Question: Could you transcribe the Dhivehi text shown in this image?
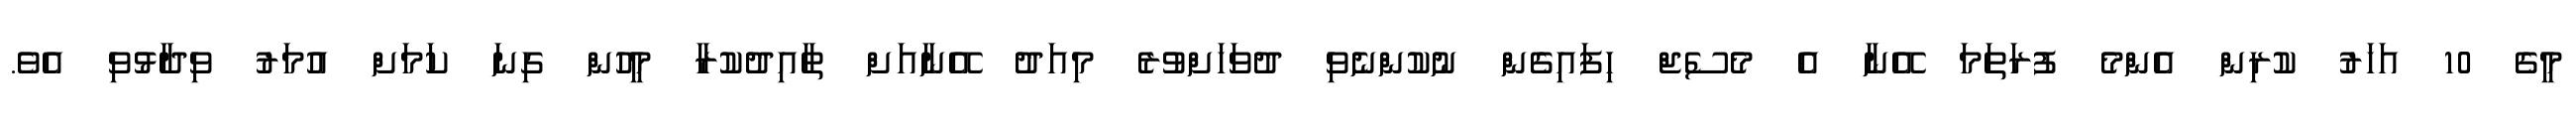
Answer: މީގެ 10 އަހަރު ކުރިން އެންމެ ފުރަތަމަ އޭނާ އެ މެސެޖް ހިފައިގެން ނުކުންނެވި ދުވަހަށްވުރެ މިއަދު އޭނާއަށް ތާއިދުކުރާ މީހުން ގިނަ ކަމަށް އުމަރު ވިދާޅުވި އެވެ.